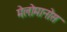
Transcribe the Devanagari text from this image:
मेलोमानोस